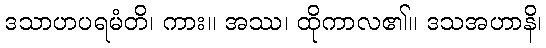
ဒသာဟပရမံတိ၊ ကား။ အဿ၊ ထိုကာလ၏။ ဒသအဟာနိ၊